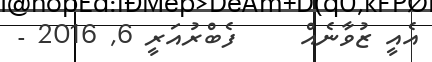
އެއީ ޒުވާނެއް     ފެބްރުއަރީ 6